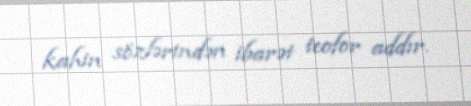
kahin sözlərindən ibarət teofor addır.